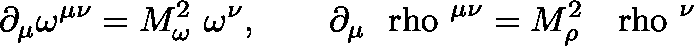
\partial _ { \mu } \omega ^ { \mu \nu } = M _ { \omega } ^ { 2 } ~ \omega ^ { \nu } , ~ ~ ~ ~ ~ ~ \partial _ { \mu } \mathrm { \boldmath ~ \ r h o ~ } ^ { \mu \nu } = M _ { \rho } ^ { 2 } ~ \mathrm { \boldmath ~ \ r h o ~ } ^ { \nu }